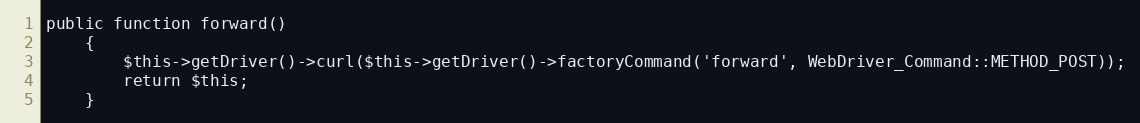
Language: PHP
public function forward()
    {
        $this->getDriver()->curl($this->getDriver()->factoryCommand('forward', WebDriver_Command::METHOD_POST));
        return $this;
    }